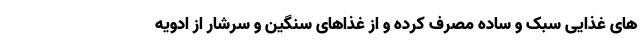
های غذایی سبک و ساده مصرف کرده و از غذاهای سنگین و سرشار از ادویه